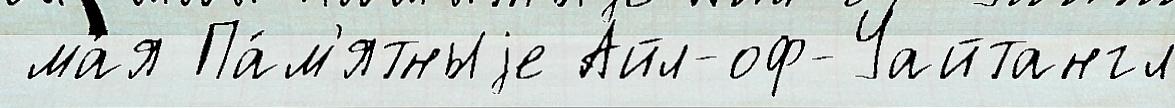
 ма́я Па́м'ятныjе Айл-оф-Уайтангл